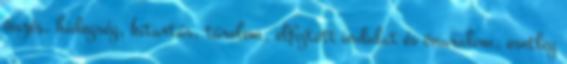
önzés, hidegség, kitartás, türelem, elfojtott indulat és önuralom, esetleg